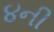
૪ની